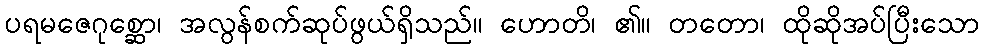
ပရမဇေဂုစ္ဆော၊ အလွန်စက်ဆုပ်ဖွယ်ရှိသည်။ ဟောတိ၊ ၏။ တတော၊ ထိုဆိုအပ်ပြီးသော